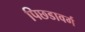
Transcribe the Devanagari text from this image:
पिछडावर्ग